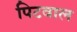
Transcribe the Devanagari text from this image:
पिटवाल